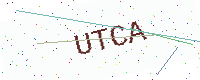
Text: UTCA